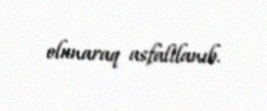
olunaraq asfaltlanıb.